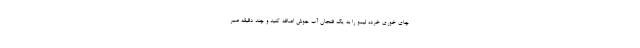
چای خوری خرده لیمو را به یک فنجان آب جوش اضافه کنید و چند دقیقه صبر